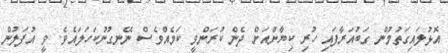
އޮޅުލައިގަތުމުން ގަބުއަރާފައި ހުރި ކިޔާންއަށް ދެން ކުރަންވީ ކަމެއްވެސް ނޭނގުނުކަހަލައެވެ. ވީ އުފަލުން